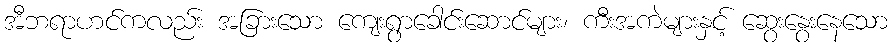
အီဘရာဟင်ကလည်း အခြားသော ကျေးရွာခေါင်းဆောင်များ၊ ကီးအကဲများနှင့် ဆွေးနွေးနေသော